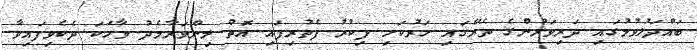
ބައްދަލުވުމުގައި ދަރިވަރުންގެ ތެރޭގައި ހަރުކަށި ފިކުރު ފެތުރިފައި އޮތް މިންވަރާމެދު ވާހަކަ ދެކެވިފައިވާ